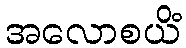
အလောစယိံ